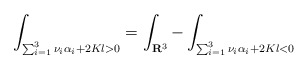
\begin{align*}\int_{\sum_{i=1}^{3}\nu_{i}\alpha_{i}+2Kl>0}=\int_{{\bf R}^{3}}-\int_{\sum_{i=1}^{3}\nu_{i}\alpha_{i}+2Kl<0}\end{align*}